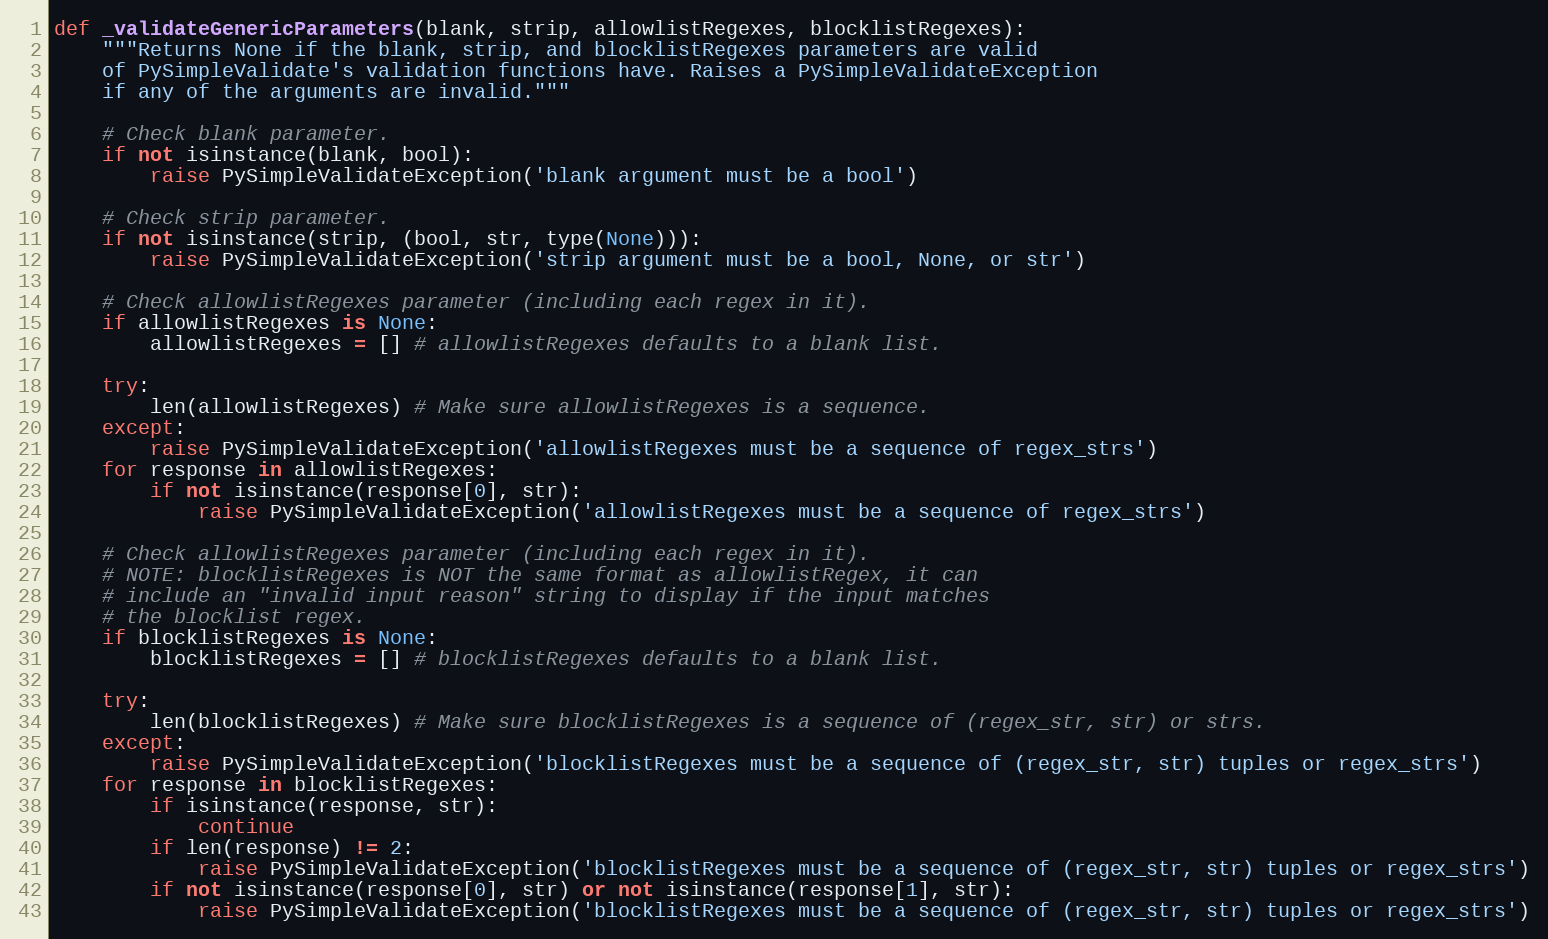
Language: Python
def _validateGenericParameters(blank, strip, allowlistRegexes, blocklistRegexes):
    """Returns None if the blank, strip, and blocklistRegexes parameters are valid
    of PySimpleValidate's validation functions have. Raises a PySimpleValidateException
    if any of the arguments are invalid."""

    # Check blank parameter.
    if not isinstance(blank, bool):
        raise PySimpleValidateException('blank argument must be a bool')

    # Check strip parameter.
    if not isinstance(strip, (bool, str, type(None))):
        raise PySimpleValidateException('strip argument must be a bool, None, or str')

    # Check allowlistRegexes parameter (including each regex in it).
    if allowlistRegexes is None:
        allowlistRegexes = [] # allowlistRegexes defaults to a blank list.

    try:
        len(allowlistRegexes) # Make sure allowlistRegexes is a sequence.
    except:
        raise PySimpleValidateException('allowlistRegexes must be a sequence of regex_strs')
    for response in allowlistRegexes:
        if not isinstance(response[0], str):
            raise PySimpleValidateException('allowlistRegexes must be a sequence of regex_strs')

    # Check allowlistRegexes parameter (including each regex in it).
    # NOTE: blocklistRegexes is NOT the same format as allowlistRegex, it can
    # include an "invalid input reason" string to display if the input matches
    # the blocklist regex.
    if blocklistRegexes is None:
        blocklistRegexes = [] # blocklistRegexes defaults to a blank list.

    try:
        len(blocklistRegexes) # Make sure blocklistRegexes is a sequence of (regex_str, str) or strs.
    except:
        raise PySimpleValidateException('blocklistRegexes must be a sequence of (regex_str, str) tuples or regex_strs')
    for response in blocklistRegexes:
        if isinstance(response, str):
            continue
        if len(response) != 2:
            raise PySimpleValidateException('blocklistRegexes must be a sequence of (regex_str, str) tuples or regex_strs')
        if not isinstance(response[0], str) or not isinstance(response[1], str):
            raise PySimpleValidateException('blocklistRegexes must be a sequence of (regex_str, str) tuples or regex_strs')